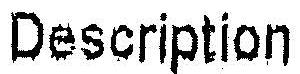
DESCRIPTION